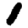
Digit: 1